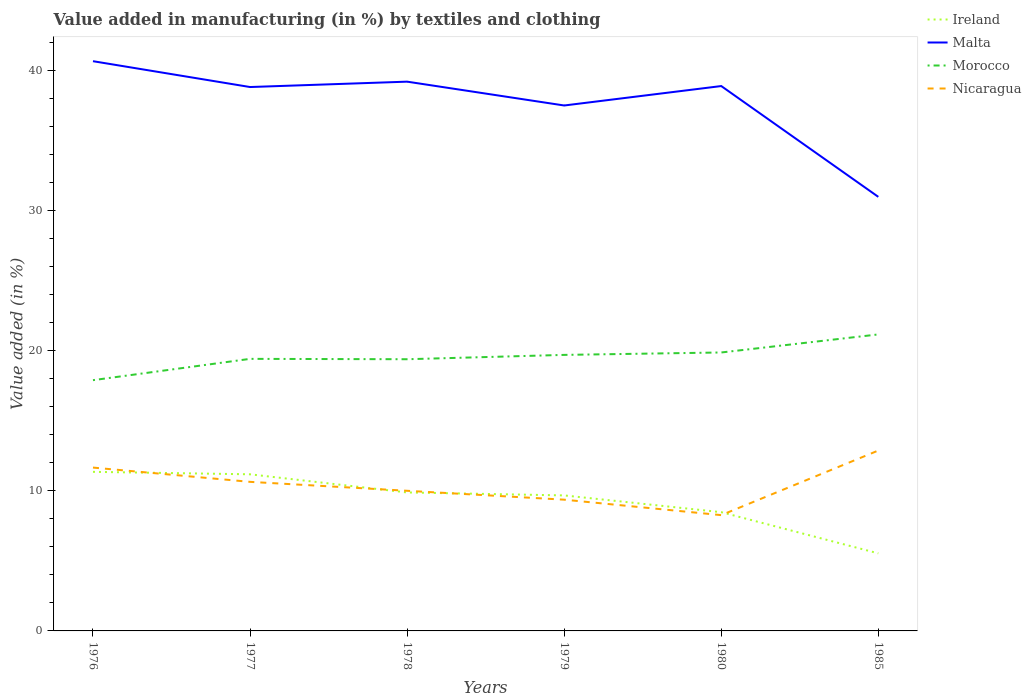
| Years | Ireland | Malta | Morocco | Nicaragua |
 | --- | --- | --- | --- | --- |
 | 1976 | 11.4 | 40.7 | 17.9 | 11.7 |
 | 1977 | 11.2 | 38.8 | 19.4 | 10.6 |
 | 1978 | 9.89 | 39.2 | 19.4 | 10 |
 | 1979 | 9.68 | 37.5 | 19.7 | 9.37 |
 | 1980 | 8.48 | 38.9 | 19.9 | 8.27 |
 | 1985 | 5.54 | 31 | 21.2 | 12.9 |